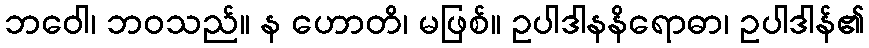
ဘဝေါ၊ ဘဝသည်။ န ဟောတိ၊ မဖြစ်။ ဥပါဒါနနိရောဓာ၊ ဥပါဒါန်၏